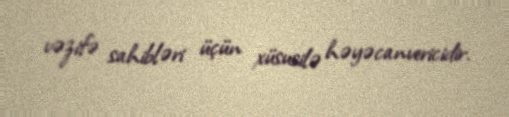
vəzifə sahibləri üçün xüsusilə həyəcanvericidir.